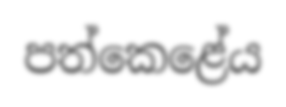
පත්කෙළේය